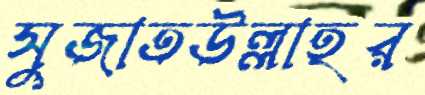
সুজাতউল্লাহর